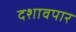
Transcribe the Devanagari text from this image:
दशावपार